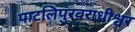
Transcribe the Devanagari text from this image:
पाटलिपुरवराधीश्वर